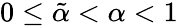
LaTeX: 0\leq\tilde{\alpha}<\alpha<1